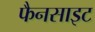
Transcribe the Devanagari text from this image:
फैनसाइट